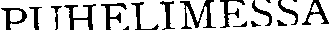
PUHELIMESSA